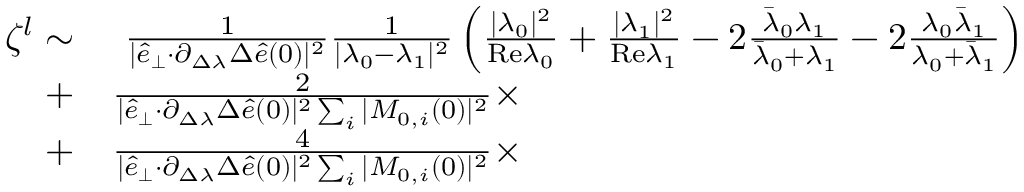
\begin{array} { r l } { \zeta ^ { l } \sim } & { { } ~ \frac { 1 } { \vert \hat { e } _ { \perp } { \cdot } \partial _ { \Delta \lambda } \Delta \hat { e } ( 0 ) \vert ^ { 2 } } \frac { 1 } { \vert \lambda _ { 0 } - \lambda _ { 1 } \vert ^ { 2 } } \left( \frac { \vert \lambda _ { 0 } \vert ^ { 2 } } { \mathrm { R e } \lambda _ { 0 } } + \frac { \vert \lambda _ { 1 } \vert ^ { 2 } } { \mathrm { R e } \lambda _ { 1 } } - 2 \frac { \bar { \lambda } _ { 0 } \lambda _ { 1 } } { \bar { \lambda } _ { 0 } + \lambda _ { 1 } } - 2 \frac { \lambda _ { 0 } \bar { \lambda } _ { 1 } } { \lambda _ { 0 } + \bar { \lambda } _ { 1 } } \right) } \\ { + } & { { } \frac { 2 } { \vert \hat { e } _ { \perp } { \cdot } \partial _ { \Delta \lambda } \Delta \hat { e } ( 0 ) \vert ^ { 2 } \sum _ { i } \vert M _ { 0 , i } ( 0 ) \vert ^ { 2 } } \times } \\ { + } & { { } \frac { 4 } { \vert \hat { e } _ { \perp } { \cdot } \partial _ { \Delta \lambda } \Delta \hat { e } ( 0 ) \vert ^ { 2 } \sum _ { i } \vert M _ { 0 , i } ( 0 ) \vert ^ { 2 } } \times } \end{array}